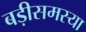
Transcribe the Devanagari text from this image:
बड़ीसमस्या